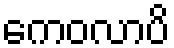
ကေဝလာပိ